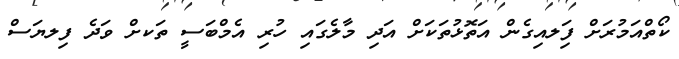
ކޯތްއަމުރަށް ފިަލއިގެން އަތޮޅުތަކަށް އަދި މާލެގައި ހުރި އެމްބަސީ ތަކށް ވަދެ ފިލޔަސް